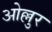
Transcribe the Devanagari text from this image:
ओल्लुर